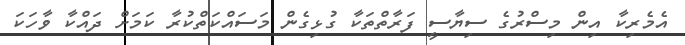
އެމެރިކާ އިން މިސްރުގެ ސިޔާސީ ފަރާތްތަކާ ގުޅިގެން މަސައްކަތްކުރާ ކަމަށް ދައްކާ ވާހަކަ